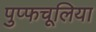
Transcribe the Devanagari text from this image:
पुप्फचूलिया